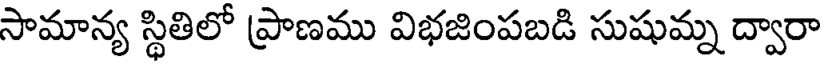
సామాన్య స్థితిలో ప్రాణము విభజింపబడి సుషుమ్న ద్వారా